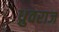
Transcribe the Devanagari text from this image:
ध्रुवराज